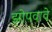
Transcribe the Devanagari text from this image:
झोपवावे